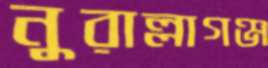
নুরাল্লাগঞ্জ